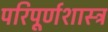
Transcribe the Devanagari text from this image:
परिपूर्णशास्त्र